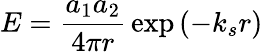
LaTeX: E={\frac{a_{1}a_{2}}{4\pi r}}\exp\left(-k_{s}r\right)